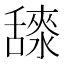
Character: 𦧳